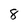
Character: 8